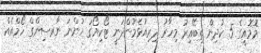
މޮމޮއީގެ 5 ކުދިން ތިބޭއިރު މިހާރު ދިރިއުޅެމުންދަނީ ޓޯކިޔޯގަ ހުންނަ ނާރސިންގް ހޯމްއެއް